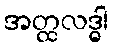
အတ္ထလဒ္ဓါ